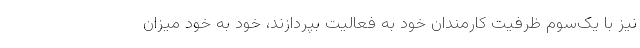
نیز با یک‌سوم ظرفیت کارمندان خود به فعالیت بپردازند، خود به خود میزان